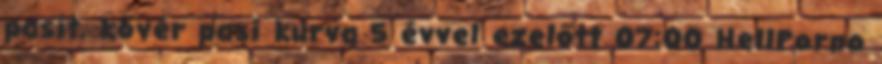
pasit, kövér pasi kurva 5 évvel ezelőtt 07:00 HellPorno